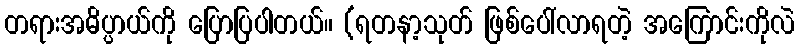
တရားအဓိပ္ပာယ်ကို ပြောပြပါတယ်။ (ရတနာ့သုတ် ဖြစ်ပေါ်လာရတဲ့ အကြောင်းကိုလဲ